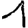
Digit: 1